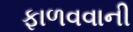
ફાળવવાની